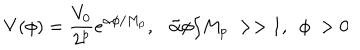
V ( \phi ) = { \frac { V _ { 0 } } { 2 ^ { p } } } e ^ { { \alpha } \phi / M _ { p } } , \tilde { \alpha } \phi / M _ { p } ~ > > 1 , ~ ~ \phi ~ > 0